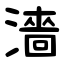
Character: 濇